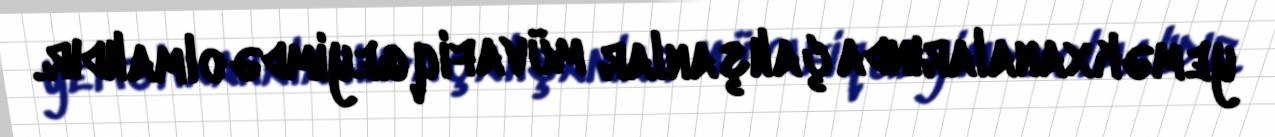
yeməkxanalarında çalışanlar müvafiq geyimdə olmalıdır.